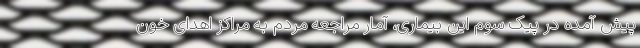
پیش آمده در پیک سوم این بیماری، آمار مراجعه مردم به مراکز اهدای خون